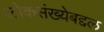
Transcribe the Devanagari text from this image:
लोकसंख्येबद्दल